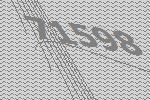
71598